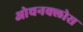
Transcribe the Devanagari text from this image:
ओचनक्लोस